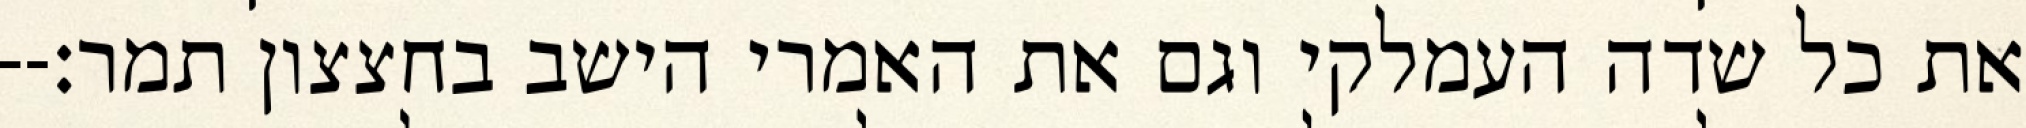
את כל שדה העמלקי וגם את האמרי הישב בחצצון תמר׃--